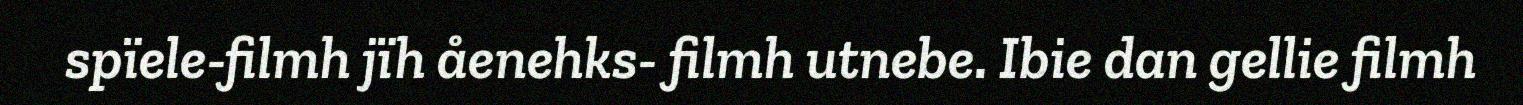
spïele-filmh jïh åenehks- filmh utnebe. Ibie dan gellie filmh